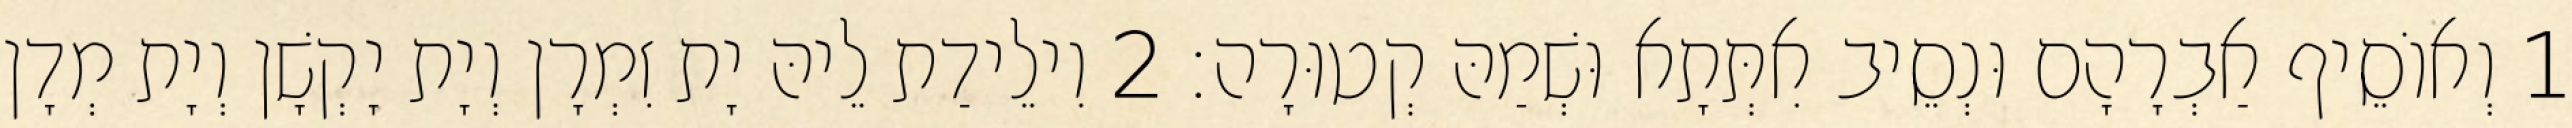
1 וְאוֹסֵיף אַבְרָהָם וּנְסֵיב אִתְּתָא וּשְׁמַהּ קְטוּרָה׃ 2 וִילֵידַת לֵיהּ יָת זִמְרָן וְיָת יָקְשָׁן וְיָת מְדָן